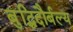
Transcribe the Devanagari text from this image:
बुद्धिदौर्बल्य